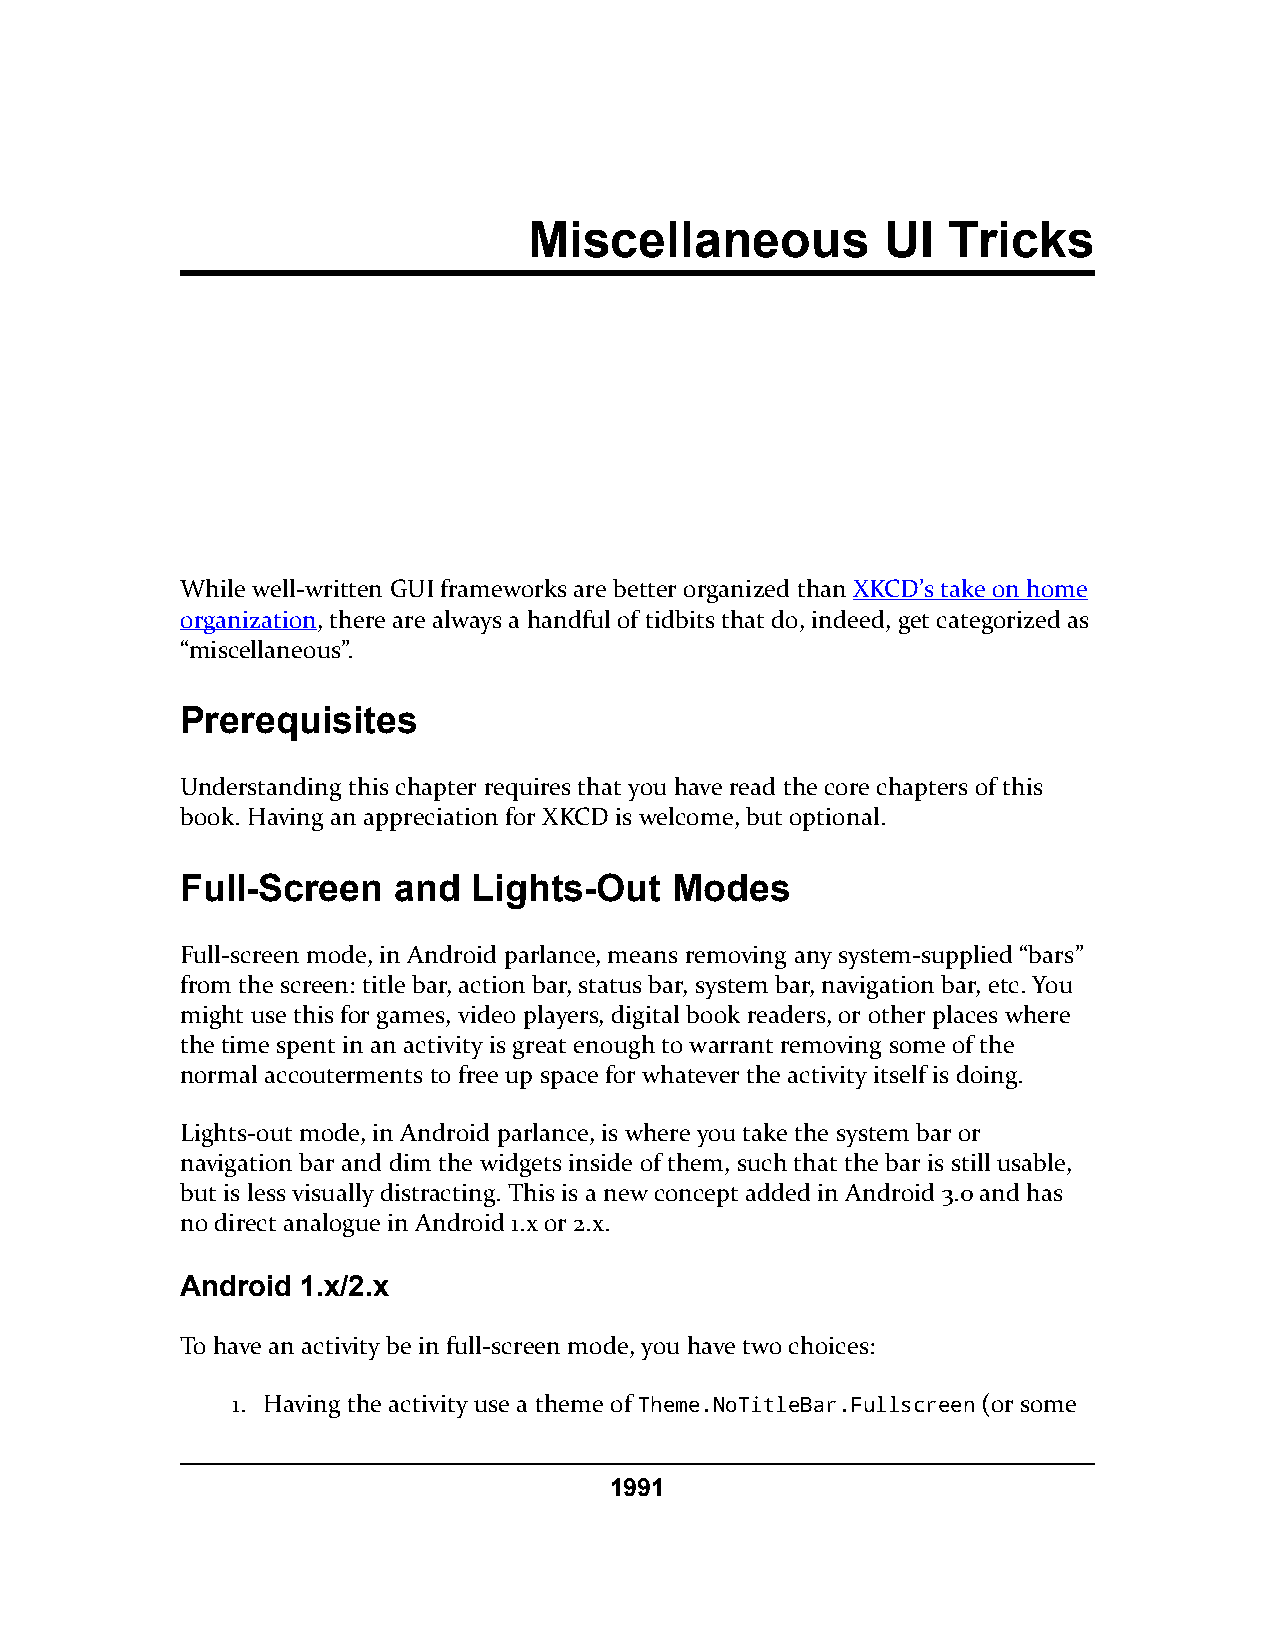
Miscellaneous           UI  Tricks
 While well-written GUI frameworks are better organized than XKCD’s take on home
 organization, there are always a handful of tidbits that do, indeed, get categorized as
 “miscellaneous”.
 Prerequisites
 Understanding this chapter requires that you have read the core chapters of this
 book. Having an appreciation for XKCD is welcome, but optional.
 Full-Screen   and  Lights-Out   Modes
 Full-screen mode, in Android parlance, means removing any system-supplied “bars”
 from the screen: title bar, action bar, status bar, system bar, navigation bar, etc. You
 might use this for games, video players, digital book readers, or other places where
 the time spent in an activity is great enough to warrant removing some of the
 normal accouterments to free up space for whatever the activity itself is doing.
 Lights-out mode, in Android parlance, is where you take the system bar or
 navigation bar and dim the widgets inside of them, such that the bar is still usable,
 but is less visually distracting. This is a new concept added in Android 3.0 and has
 no direct analogue in Android 1.x or 2.x.
 Android 1.x/2.x
 To have an activity be in full-screen mode, you have two choices:
 1. Having the activity use a theme of Theme.NoTitleBar.Fullscreen (or some
 1991